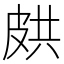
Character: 𭽥